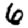
Digit: 6